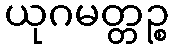
ယုဂမတ္တဉ္စ